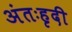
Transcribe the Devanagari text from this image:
अंतःहृदी